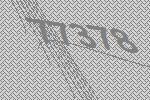
77378